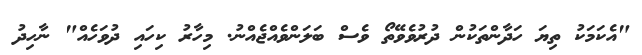
"އެކަމަކު ތިޔަ ހަދާންތަކުން ދުރުވެވޭތޯ ވެސް ބަލަންވެއްޖެއްނު. މިހާރު ކިހައި ދުވަހެއް" ނާހިދު